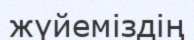
жүйеміздің